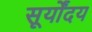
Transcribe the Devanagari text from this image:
सूर्योंदय